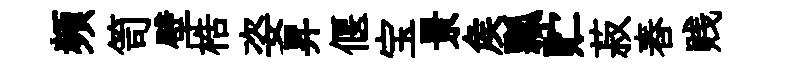
頻笥壁梏姿昇偃宝景矦瓢贮菽舂贱